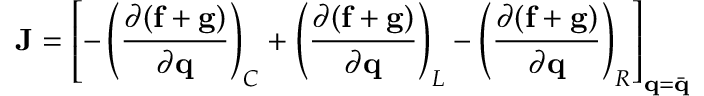
\mathbf { J } = \left[ - \left( \frac { \partial ( \mathbf { f } + \mathbf { g } ) } { \partial \mathbf { q } } \right) _ { C } + \left( \frac { \partial ( \mathbf { f } + \mathbf { g } ) } { \partial \mathbf { q } } \right) _ { L } - \left( \frac { \partial ( \mathbf { f } + \mathbf { g } ) } { \partial \mathbf { q } } \right) _ { R } \right] _ { \mathbf { q } = \Bar { \mathbf { q } } }